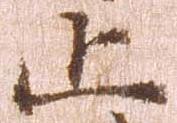
止